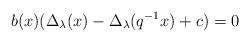
LaTeX: \begin{align*}b ( x ) ( \Delta_\lambda ( x ) - \Delta_\lambda ( q^{-1} x ) + c ) = 0 \end{align*}